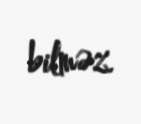
bilməz.